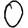
Digit: 0